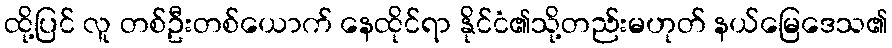
ထို့ပြင် လူ တစ်ဦးတစ်ယောက် နေထိုင်ရာ နိုင်ငံ၏သို့တည်းမဟုတ် နယ်မြေဒေသ၏